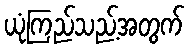
ယုံကြည်သည့်အတွက်